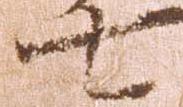
七